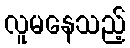
လူမနေသည့်